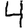
Digit: 4